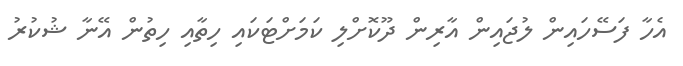
އެހާ ފަސޭހައިން ލުޖައިން އާރިން ދޫކޮށްލި ކަމަށްޓަކައި ހިތާއި ހިތުން އޭނާ ޝުކުރު